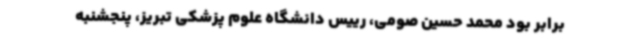
برابر بود محمد حسین صومی، رییس دانشگاه علوم پزشکی تبریز، پنجشنبه